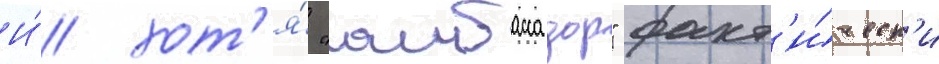
И́ хот'я́ "амбассадор" факт'и́ческ'и